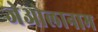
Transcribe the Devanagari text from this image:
जेओलानाम